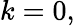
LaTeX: k=0,